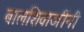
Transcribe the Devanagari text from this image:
बालशिवाजींनी